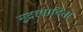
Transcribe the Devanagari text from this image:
मुद्रावादिता